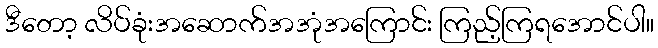
ဒီတော့ လိပ်ခုံးအဆောက်အအုံအကြောင်း ကြည့်ကြရအောင်ပါ။